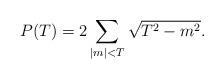
LaTeX: \begin{align*}P(T)=2\sum_{|m|<T}\sqrt{T^2-m^2}.\end{align*}